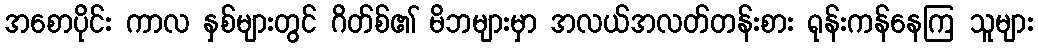
အစောပိုင်း ကာလ နှစ်များတွင် ဂိတ်စ်၏ မိဘများမှာ အလယ်အလတ်တန်းစား ရုန်းကန်နေကြ သူများ